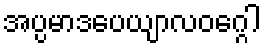
အပ္ပမာဒပေယျာလဝဂ္ဂေါ